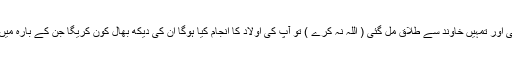
ـ اگر اس كى خواہش اور تمنا پورى ہو گئى اور تمہيں خاوند سے طلاق مل گئى ( اللہ نہ كرے ) تو آپ كى اولاد كا انجام كيا ہوگا ان كى ديكھ بھال كون كريگا جن كے بارہ ميں قيامت كے روز آپ سے سوال ہونا ہے ؟